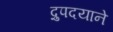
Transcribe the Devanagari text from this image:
द्रुपदयाने